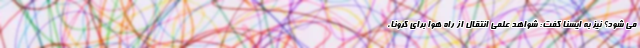
می شود؟ نیز به ایسنا گفت: شواهد علمی انتقال از راه هوا برای کرونا،